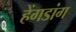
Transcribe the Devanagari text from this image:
हेंगडांग